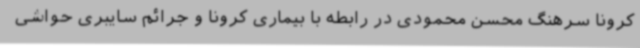
کرونا سرهنگ محسن محمودی در رابطه با بیماری کرونا و جرائم سایبری حواشی